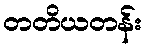
တတိယတန်း